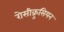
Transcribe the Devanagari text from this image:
रोसीक्रुसियन